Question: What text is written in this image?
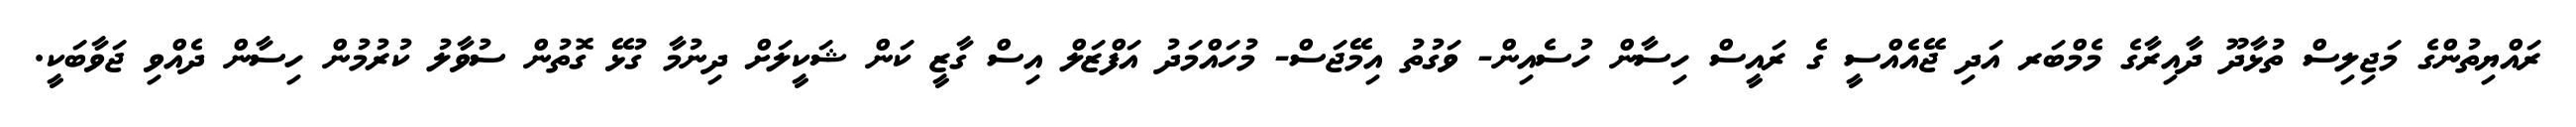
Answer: ރައްޔިތުންގެ މަޖިލިސް ތުޅާދޫ ދާއިރާގެ މެމްބަރ އަދި ޖޭއެއްސީ ގެ ރައީސް ހިސާން ހުސެއިން- ވަގުތު އިމޭޖަސް- މުހައްމަދު އަފްޒަލް އިސް ގާޒީ ކަން ޝަކީލަށް ދިނުމާ ގުޅޭ ގޮތުން ސުވާލު ކުރުމުން ހިސާން ދެއްވި ޖަވާބަކީ.